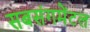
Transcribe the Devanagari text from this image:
सबसंगमेंटल